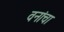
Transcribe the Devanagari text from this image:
वनांचा